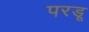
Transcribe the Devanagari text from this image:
परडू